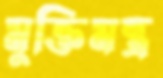
মুক্তিমন্ত্র